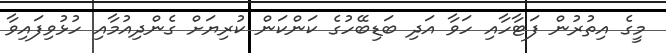
މީގެ އިތުރުން ފަޓާހާއި ހަވާ އަދި ބަޑިބޭހުގެ ކަންކަން ކުރިޔަށް ގެންދިއުމާއި ހުޅުވިފައިވާ